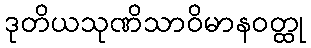
ဒုတိယသုဏိသာဝိမာနဝတ္ထု